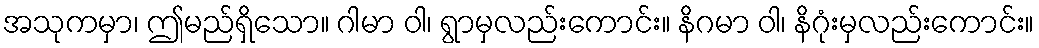
အသုကမှာ၊ ဤမည်ရှိသော။ ဂါမာ ဝါ၊ ရွာမှလည်းကောင်း။ နိဂမာ ဝါ၊ နိဂုံးမှလည်းကောင်း။